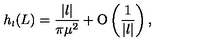
h _ { \scriptscriptstyle { l } } ( L ) = \frac { | l | } { \pi \mu ^ { 2 } } + \mathrm { O } \left( \frac { 1 } { | l | } \right) ,